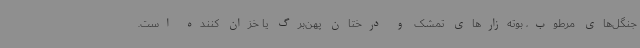
جنگل‌های مرطوب، بوته‌زارهای تمشک و درختان پهن‌برگ یا خزان کننده است.